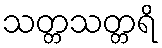
သတ္တသတ္တရိ